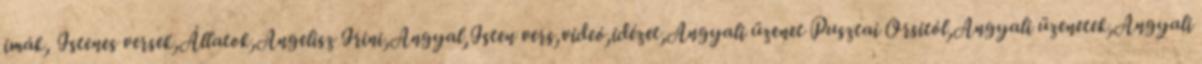
imák, Istenes versek,Állatok,Angelisz Irini,Angyal,Isten vers,videó,idézet,Angyali üzenet Pusztai Orsitól,Angyali üzenetek,Angyali